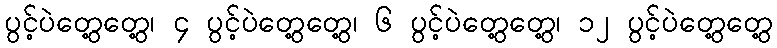
ပွင့်ပဲတွေ့တွေ့၊ ၄ ပွင့်ပဲတွေ့တွေ့၊ ၆ ပွင့်ပဲတွေ့တွေ့၊ ၁၂ ပွင့်ပဲတွေ့တွေ့